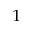
^ 1